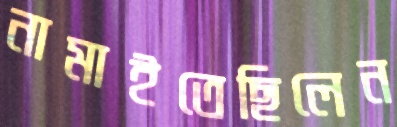
নামাইতেছিলেন